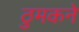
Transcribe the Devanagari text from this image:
ठुमकने